Report on vaccination in Madras 1904-1921 - 1904-1921
Year: 1904
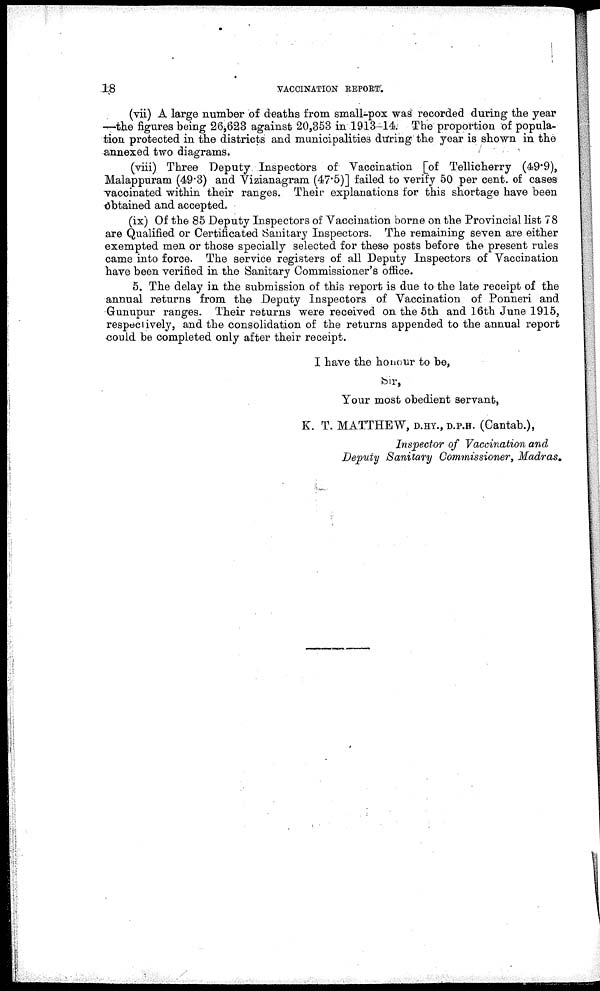
18
VACCINATION REPORT.
(vii) A large number of deaths from small-pox was recorded during the year
—the figures being 26,623 against 20,353 in 1913-14. The proportion of popula-
tion protected in the districts and municipalities during the year is shown in the
annexed two diagrams.
(viii) Three Deputy Inspectors of Vaccination [of Tellicherry (49.9),
Malappuram (49.3) and Vizianagram (47.5)] failed to verify 50 per cent. of cases
vaccinated within their ranges. Their explanations for this shortage have been
obtained and accepted.
(ix) Of the 85 Deputy Inspectors of Vaccination borne on the Provincial list 78
are Qualified or Certificated Sanitary Inspectors. The remaining seven are either
exempted men or those specially selected for these posts before the present rules
came into force. The service registers of all Deputy Inspectors of Vaccination
have been verified in the Sanitary Commissioner's office.
5. The delay in the submission of this report is due to the late receipt of the
annual returns from the Deputy Inspectors of Vaccination of Ponneri and
Gunupur ranges. Their returns were received on the 5th and 16th June 1915,
respectively, and the consolidation of the returns appended to the annual report
could be completed only after their receipt.
I have the honour to be,
Sir,
Your most obedient servant,
K. T. MATTHEW, D.HY., D.P.H. (Cantab.),
Inspector of Vaccination and
Deputy Sanitary Commissioner, Madras.